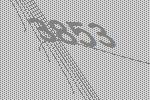
3853